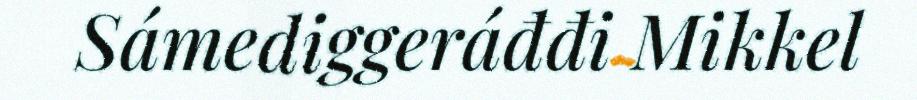
Sámediggeráđđi Mikkel